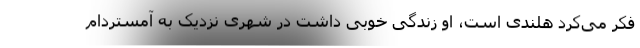
فکر می‌کرد هلندی است، او زندگی‌ خوبی داشت در شهری نزدیک به آمستردام